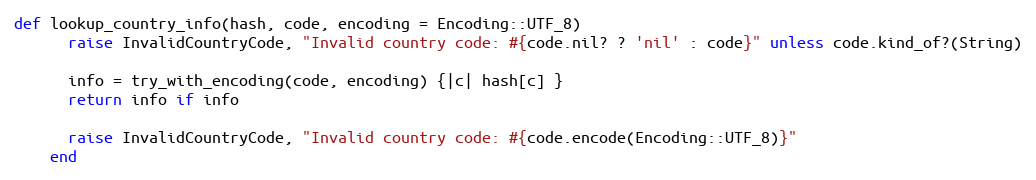
Language: Ruby
def lookup_country_info(hash, code, encoding = Encoding::UTF_8)
      raise InvalidCountryCode, "Invalid country code: #{code.nil? ? 'nil' : code}" unless code.kind_of?(String)

      info = try_with_encoding(code, encoding) {|c| hash[c] }
      return info if info

      raise InvalidCountryCode, "Invalid country code: #{code.encode(Encoding::UTF_8)}"
    end